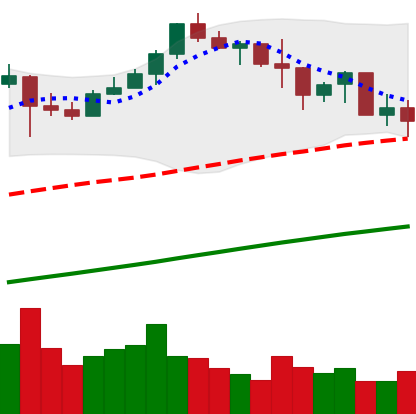
Ticker: BNB-USD
Chart end date: 2019-07-02
Forward return: 3.848%
Label: up_3_5